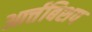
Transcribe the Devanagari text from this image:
आर्त्तबिशप